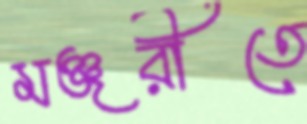
মঞ্জরীতে